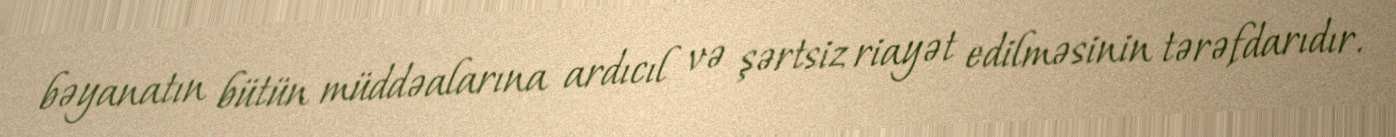
bəyanatın bütün müddəalarına ardıcıl və şərtsiz riayət edilməsinin tərəfdarıdır.